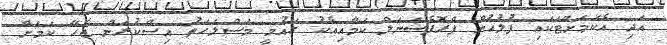
އަދި އެކަމަށްޓަކައި ފުލުހުން ޕްރޮފެޝަނަލް ކަމާއިއެކު ގައުމީ މަސްލަހަތު އިސްކުރަން ޖެހޭ ކަމަށް